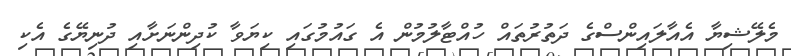
މެލޭޝިޔާ އެއާލައިންސްގެ ދަތުރުތައް ހުއްޓާލުމުން އެ ގައުމުގައި ކިޔަވާ ކުދިންނަށާއި ދުނިޔޭގެ އެކި